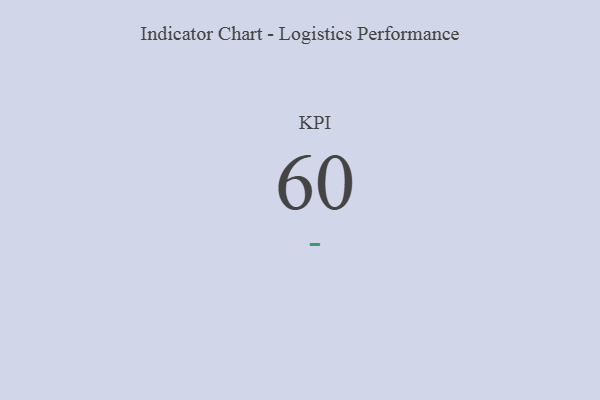
{"axis": {"x": "KPI", "y": "Value"}, "legend": [""], "data": [{"x": "KPI", "y": 60, "type": ""}]}